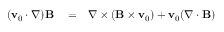
\begin{array} { r l r } { ( { \bf v } _ { 0 } \cdot \nabla ) { \bf B } } & { { } = } & { \nabla \times ( { \bf B } \times { \bf v } _ { 0 } ) + { \bf v } _ { 0 } ( \nabla \cdot { \bf B } ) } \end{array}